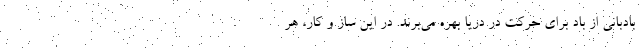
بادبانی از باد برای حرکت در دریا بهره می‌برند. در این ساز و کار، هر